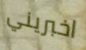
اخبريني